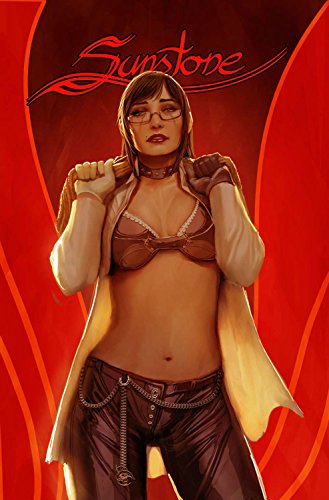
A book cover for Sunstone Volume 2 OGN (Sunstone Tp); Stjepan Sejic; Comics & Graphic Novels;